Senior Leaving Certificate, 1941
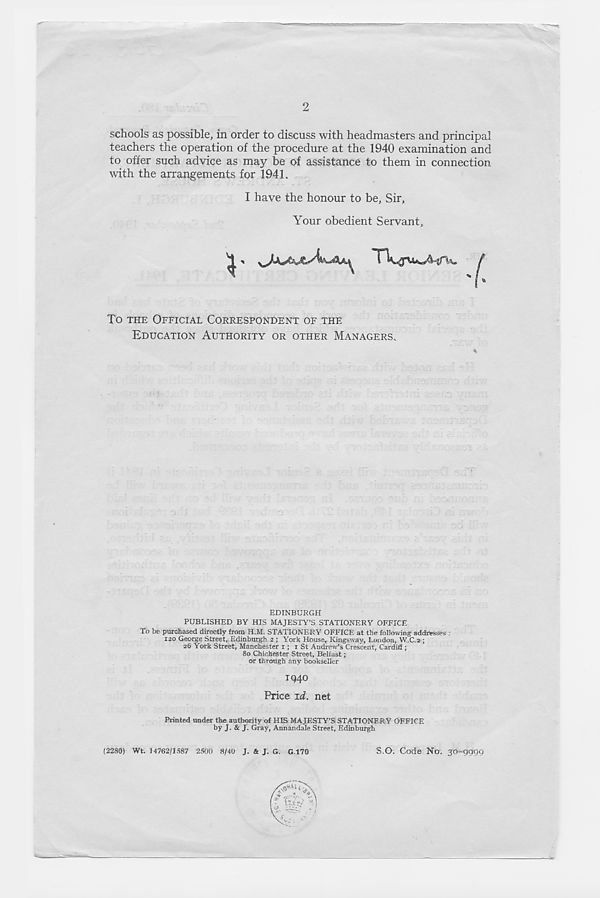
2
schools as possible, in order to discuss with headmasters and principal
teachers the operation of the procedure at the 1940 examination and
to offer such advice as may be of assistance to them in connection
with the arrangements for 1941.
I have the honour to be, Sir,
Your obedient Servant,
To THE OFFICIAL CORRESPONDENT OF THE
EDUCATION AUTHORITY OR OTHER MANAGERS.
EDINBURGH
PUBLISHED BY HIS MAJESTY’S STATIONERY OFFICE
To be purchased directly from H.M. STATIONERY OFFICE at the following addresses
120 George Street, Edinburgh 2 ; York House, Kingsway, London, W.C.2 ;
26 York Street, Manchester 1; 1 St Andrew’s Crescent, Cardiff ;
80 Chichester Street, Belfast -r
or through any bookseller
IQ40
Price id. net
Printed under the authority of HIS MAJESTY’S STATIONERY OFFICE
by J. & J. Gray, Annandale Street, Edinburgh
(2280) Wt. 14762/1587 2500 8/40 J. & J. G. G.170
S.O, Code No. 30-9999